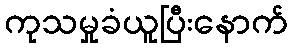
ကုသမှုခံယူပြီးနောက်